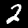
Label: 2